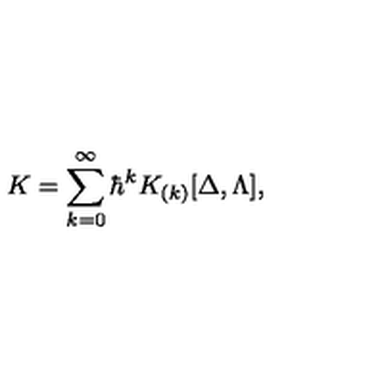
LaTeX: K = \sum _ { k = 0 } ^ { \infty } \hbar ^ { k } K _ { ( k ) } [ \Delta , \Lambda ] ,